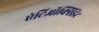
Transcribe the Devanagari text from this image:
एंटिऑक्सिडेंट